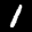
Label: 1